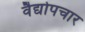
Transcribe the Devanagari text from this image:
वैद्योपचार